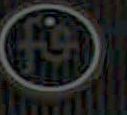
©